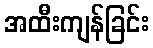
အထီးကျန်ခြင်း